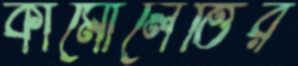
কামোলেত্তির